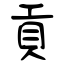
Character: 貢